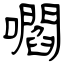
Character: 嚪